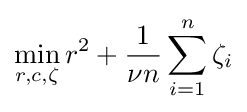
\min _{r,c,\zeta }r^{2}+{\frac {1}{\nu n}}\sum _{i=1}^{n}\zeta _{i}